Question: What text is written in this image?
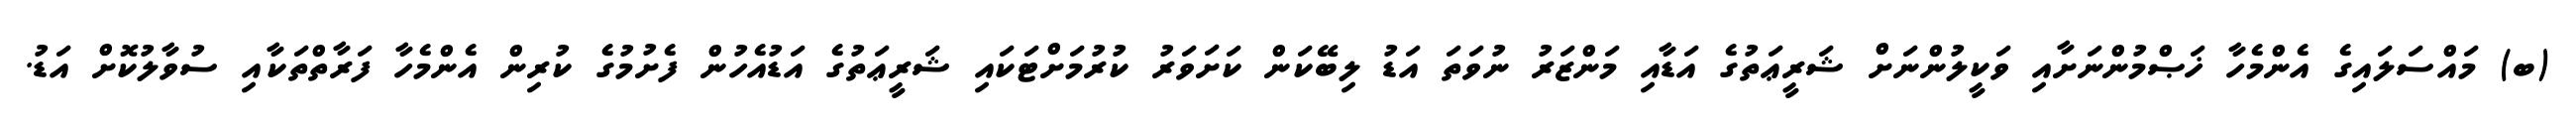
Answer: (ބ) މައްސަލައިގެ އެންމެހާ ޚަޞްމުންނަށާއި ވަކީލުންނަށް ޝަރީޢަތުގެ އަޑާއި މަންޒަރު ނުވަތަ އަޑު ލިބޭކަން ކަށަވަރު ކުރުމަށްޓަކައި ޝަރީޢަތުގެ އަޑުއެހުން ފެށުމުގެ ކުރިން އެންމެހާ ފަރާތްތަކާއި ސުވާލުކޮށް އަޑު.